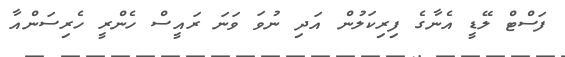
ފަސްޓް ލޭޑީ އެނާގެ ފިރިކަލުން އަދި ނުވަ ވަނަ ރައީސް ހެންރީ ހެރިސަންއާ